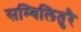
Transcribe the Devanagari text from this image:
सम्बिलितुरै